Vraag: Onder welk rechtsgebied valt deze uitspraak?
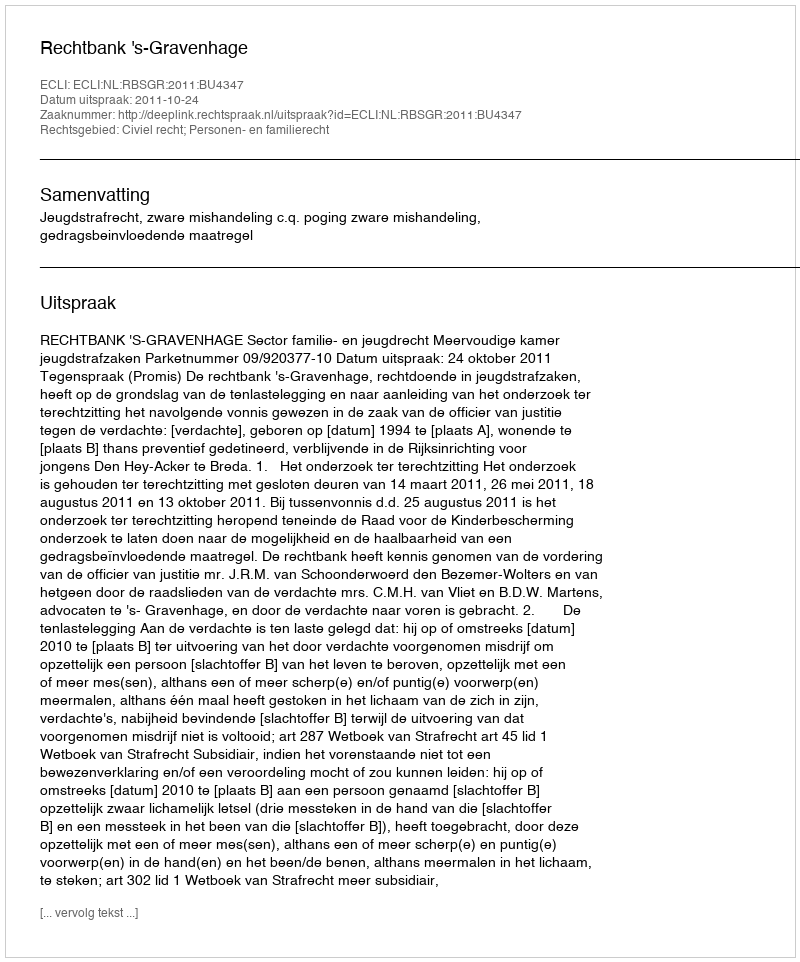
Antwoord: Civiel recht; Personen- en familierecht